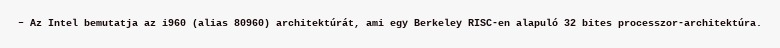
– Az Intel bemutatja az i960 (alias 80960) architektúrát, ami egy Berkeley RISC-en alapuló 32 bites processzor-architektúra.